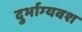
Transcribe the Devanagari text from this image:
दुर्भाग्‍यवश